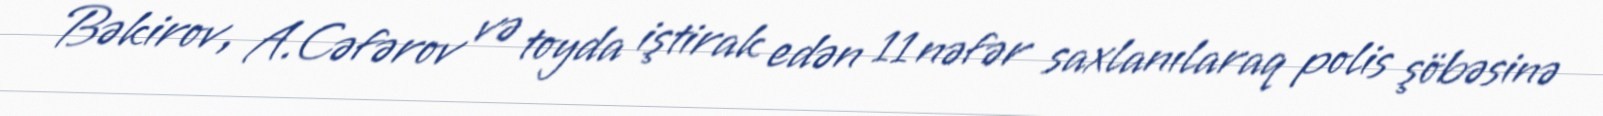
Bəkirov, A.Cəfərov və toyda iştirak edən 11 nəfər saxlanılaraq polis şöbəsinə